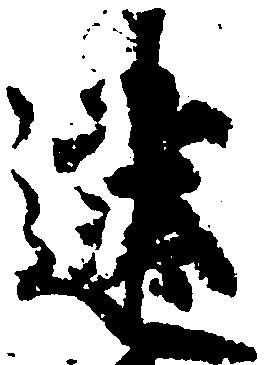
建